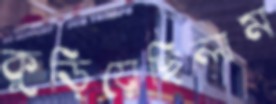
কুড়িয়েছিলাম